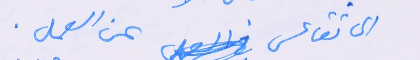
الى تقاعس عن العمل.